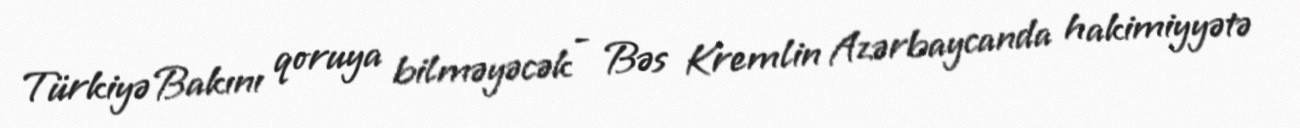
Türkiyə Bakını qoruya bilməyəcək - Bəs Kremlin Azərbaycanda hakimiyyətə